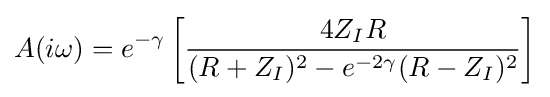
A(i\omega )=e^{-\gamma }\left[{\frac {4Z_{I}R}{(R+Z_{I})^{2}-e^{-2\gamma }(R-Z_{I})^{2}}}\right]